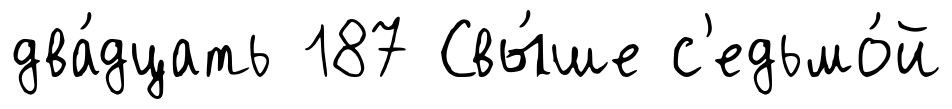
два́дцать 187 Свы́ше с'едьмо́й